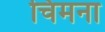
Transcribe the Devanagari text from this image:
चिमना